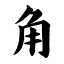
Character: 角